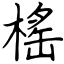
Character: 榣